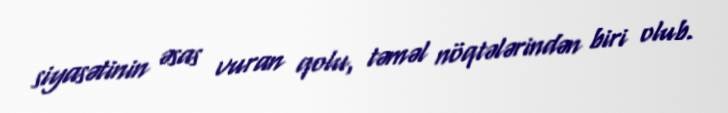
siyasətinin əsas vuran qolu, təməl nöqtələrindən biri olub.